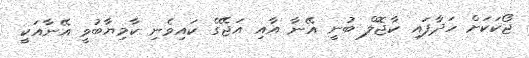
ޖޯކަކަށް ހަދާފައި ކާޖޮލް ބުނީ އޭނާ އާއި އަޖޭގެ ކައިވެނި ކާމިޔާބުވީ އޭނާއަކީ